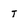
Character: t